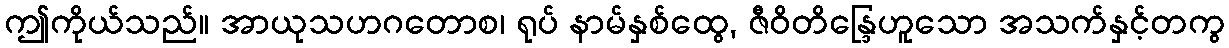
ဤကိုယ်သည်။ အာယုသဟဂတောစ၊ ရုပ် နာမ်နှစ်ထွေ, ဇီဝိတိန္ဒြေဟူသော အသက်နှင့်တကွ